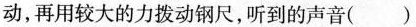
动，再用较大的力拨动钢尺，听到的声音()